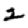
Digit: 2